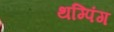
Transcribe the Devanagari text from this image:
थम्पिंग